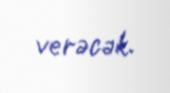
verəcək.